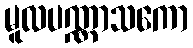
မူလပဏ္ဏာသကော